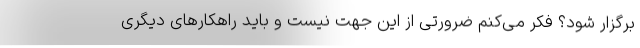
برگزار شود؟ فکر می‌کنم ضرورتی از این جهت نیست و باید راهکارهای دیگری